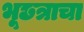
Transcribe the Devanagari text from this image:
भूछत्राचा